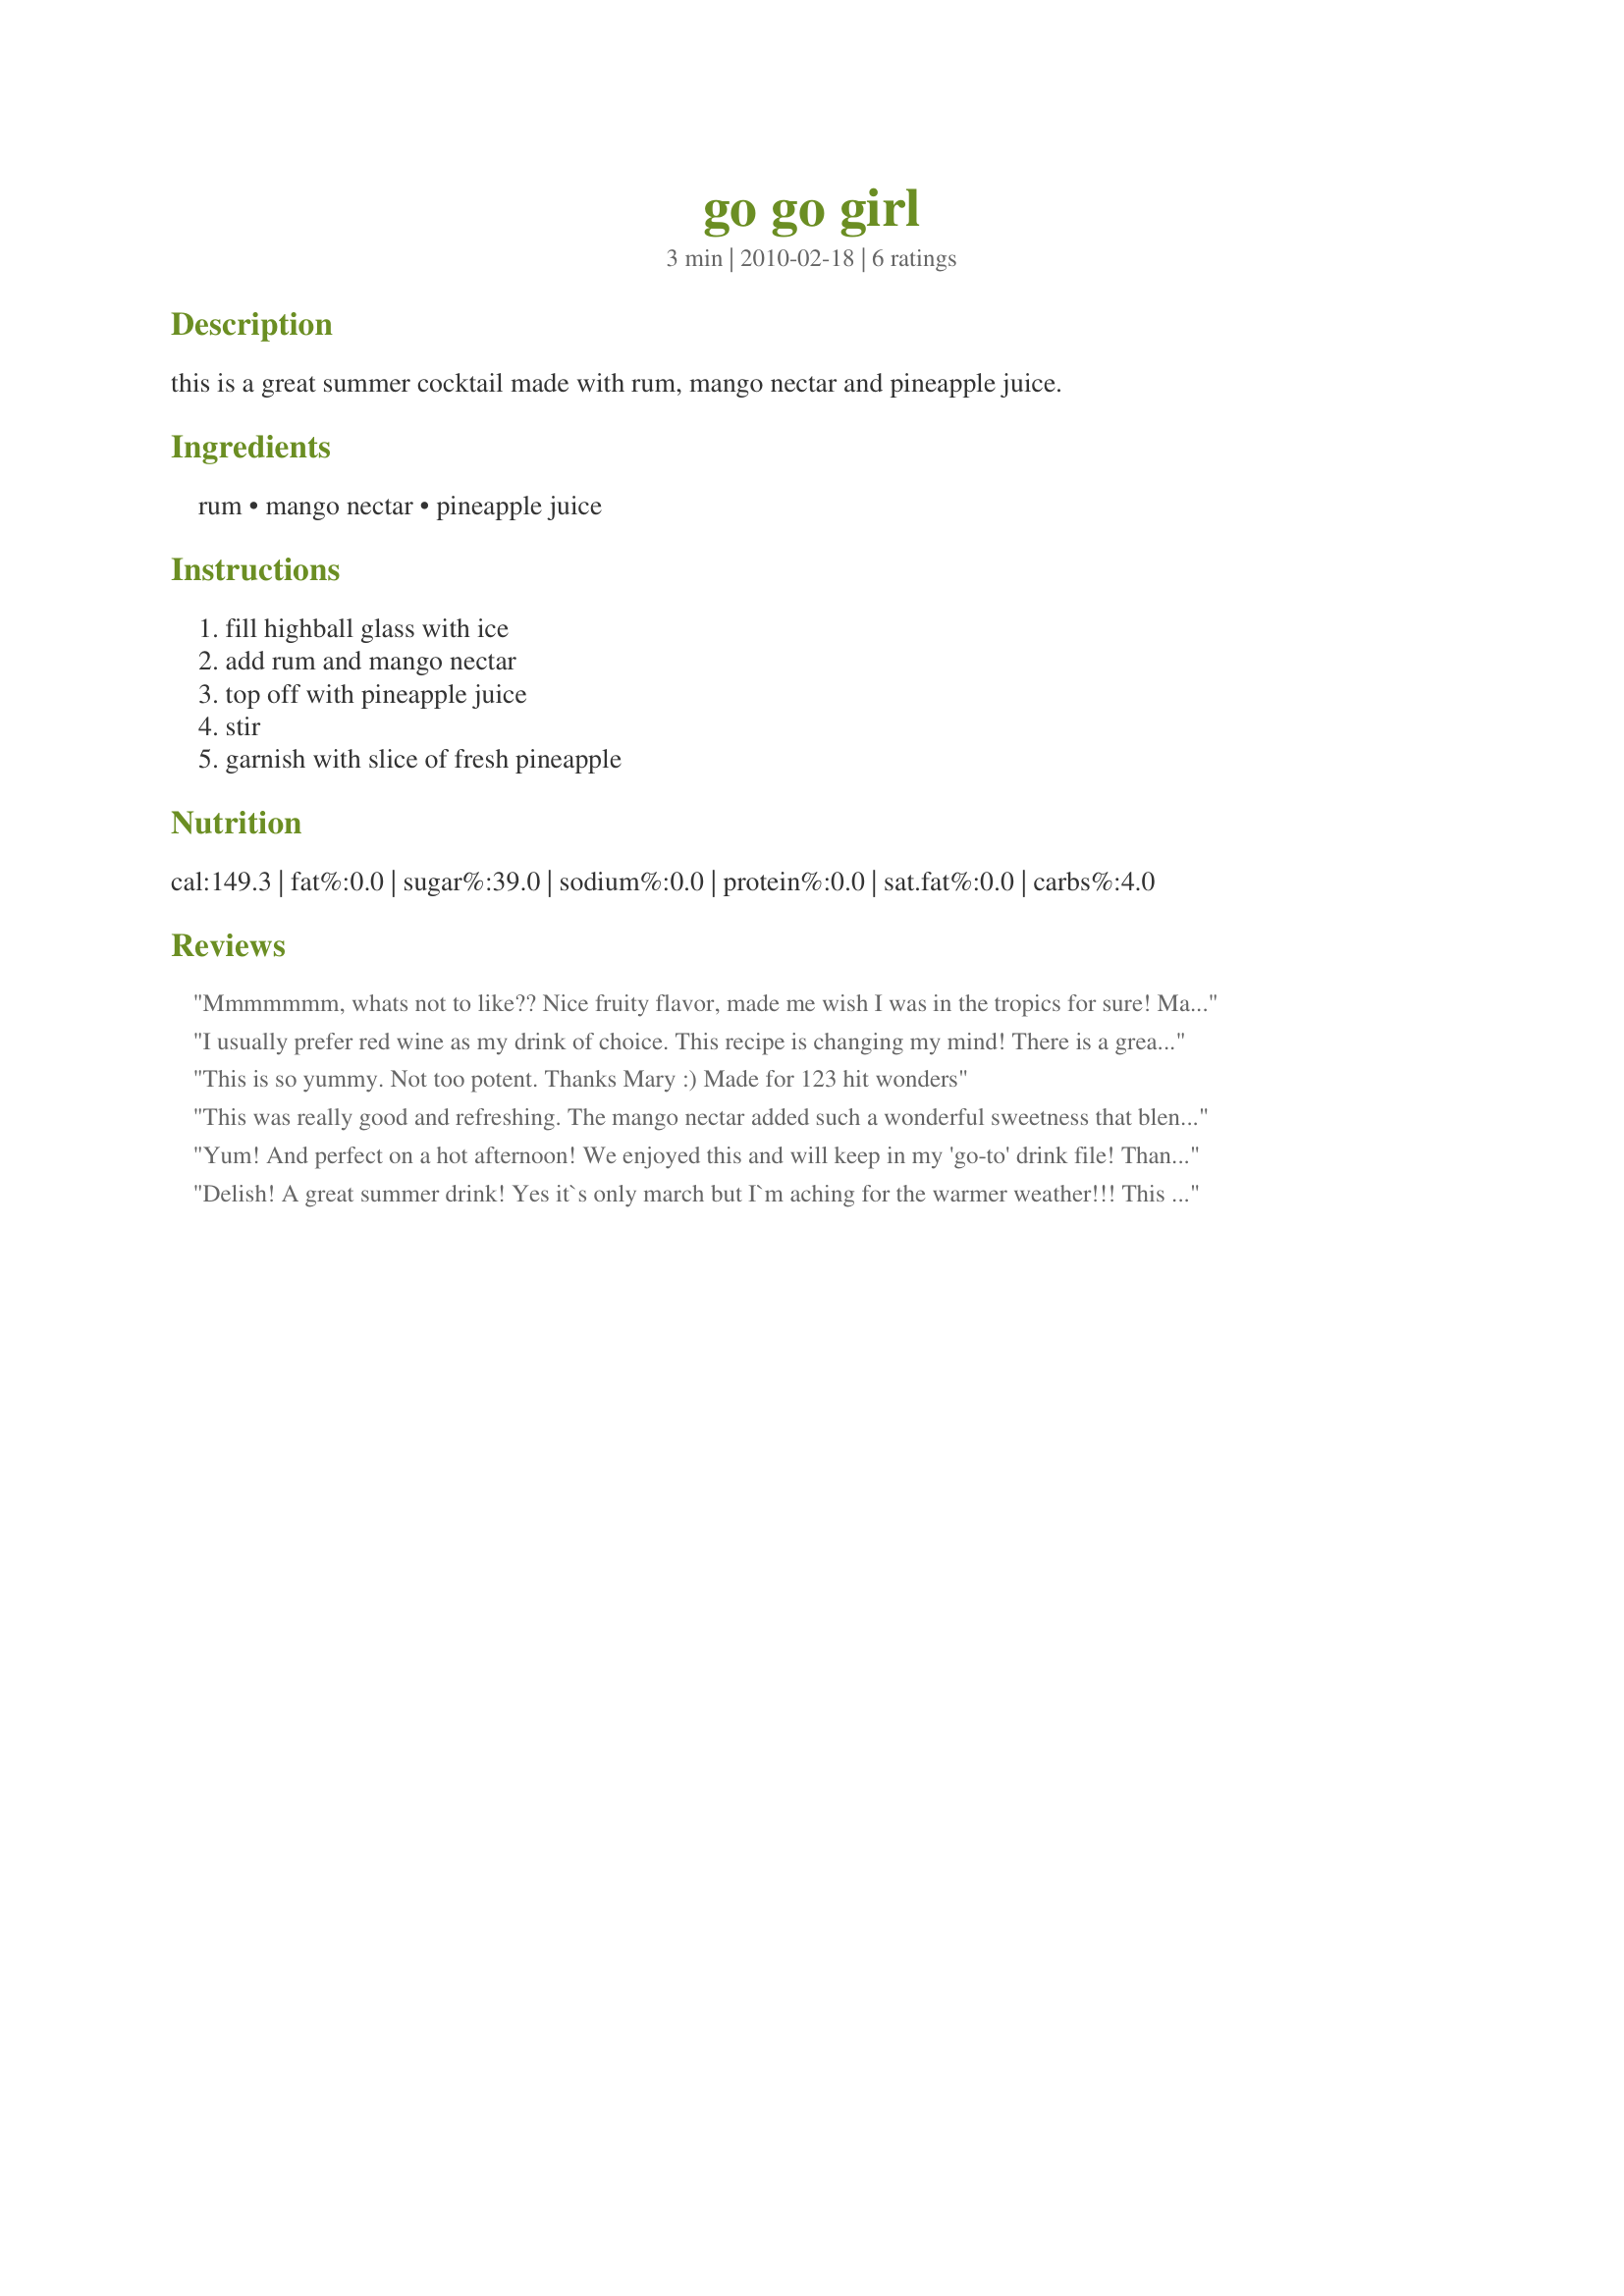
go go girl
Preparation time: 3 minutes

this is a great summer cocktail made with rum, mango nectar and pineapple juice.

Ingredients:
rum, mango nectar, pineapple juice

Steps:
fill highball glass with ice, add rum and mango nectar, top off with pineapple juice, stir, garnish with slice of fresh pineapple

Reviews:
Mmmmmmm, whats not to like?? Nice fruity flavor, made me wish I was in the tropics for sure! Made for ZWT 7 - Count Dracula and His Hot Bites
I usually prefer red wine as my drink of choice. This recipe is changing my mind! There is a great combination of flavors here and perfert proportions. What a treat! Thank you. Made during ZWT7 for the Golden Gourmets.
This is so yummy. Not too potent. Thanks Mary :) Made for 123 hit wonders
This was really good and refreshing. The mango nectar added such a wonderful sweetness that blended well with the pineapple juice. I think maybe next time I'll add a bit more mango nectar though, for a slightly stronger mango taste. Thanks, mary winecoff. Made for ZWT7, Mischief Makers.
Yum! And perfect on a hot afternoon! We enjoyed this and will keep in my 'go-to' drink file! Thanks for sharing, mary winecoff!
Delish! A great summer drink! Yes it`s only march but I`m aching for the warmer weather!!! This drink helps bring it on!
